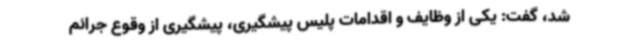
شد، گفت: یکی از وظایف و اقدامات پلیس ‌پیشگیری، پیشگیری از وقوع جرائم